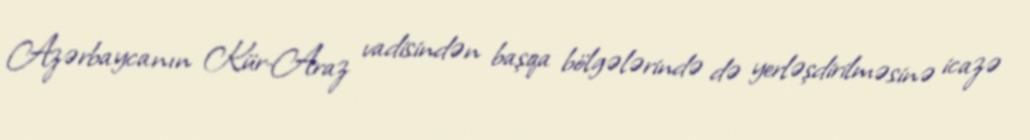
Azərbaycanın Kür-Araz vadisindən başqa bölgələrində də yerləşdirilməsinə icazə